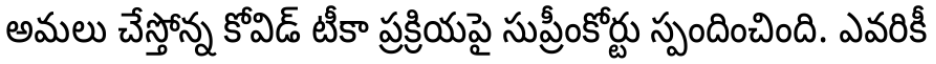
అమలు చేస్తోన్న కోవిడ్ టీకా ప్రక్రియపై సుప్రీంకోర్టు స్పందించింది. ఎవరికీ